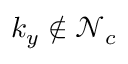
k _ { y } \notin \mathcal { N } _ { c }